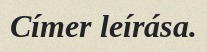
Címer leírása.